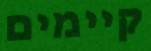
קיימים